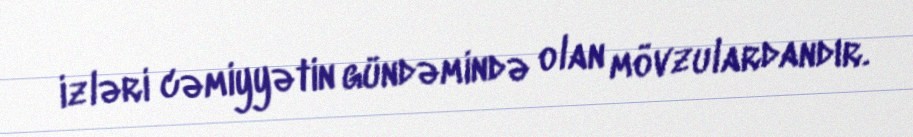
izləri cəmiyyətin gündəmində olan mövzulardandır.